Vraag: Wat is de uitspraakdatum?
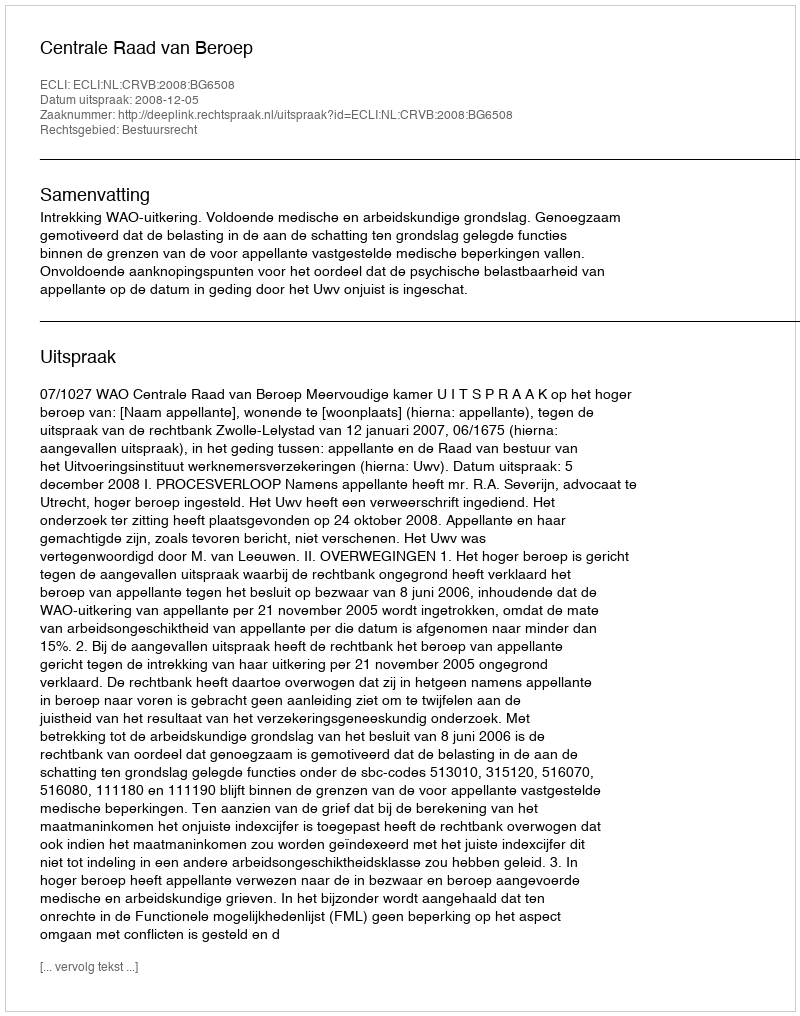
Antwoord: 2008-12-05